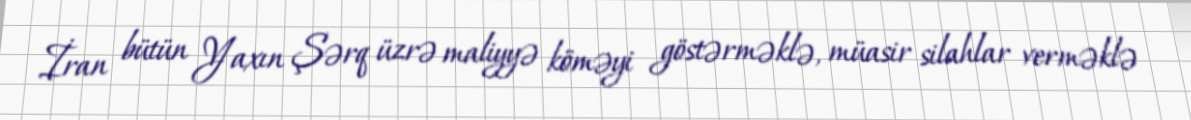
İran bütün Yaxın Şərq üzrə maliyyə köməyi göstərməklə, müasir silahlar verməklə